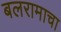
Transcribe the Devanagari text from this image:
बलरामाचा